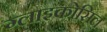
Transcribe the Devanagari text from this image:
ग्लाइकोसिल